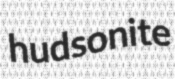
hudsonite